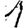
Digit: 1